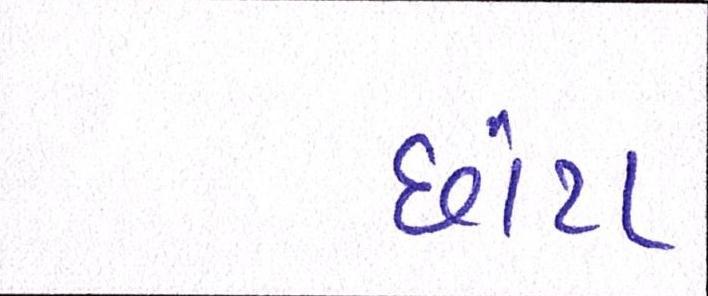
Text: છાંટા